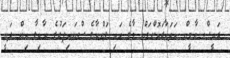
ރައީސް ޔާމީން އަވަހާރަކޮށްލަން މާލެ އައި ލަންކާގެ ސްނައިޕަރުގެ އާއިލާ އިން ދަނީ